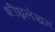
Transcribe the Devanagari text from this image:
शीघ्रलेखन